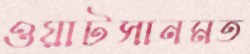
ওয়াটসানমত